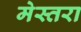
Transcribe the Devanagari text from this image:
मेस्तरा